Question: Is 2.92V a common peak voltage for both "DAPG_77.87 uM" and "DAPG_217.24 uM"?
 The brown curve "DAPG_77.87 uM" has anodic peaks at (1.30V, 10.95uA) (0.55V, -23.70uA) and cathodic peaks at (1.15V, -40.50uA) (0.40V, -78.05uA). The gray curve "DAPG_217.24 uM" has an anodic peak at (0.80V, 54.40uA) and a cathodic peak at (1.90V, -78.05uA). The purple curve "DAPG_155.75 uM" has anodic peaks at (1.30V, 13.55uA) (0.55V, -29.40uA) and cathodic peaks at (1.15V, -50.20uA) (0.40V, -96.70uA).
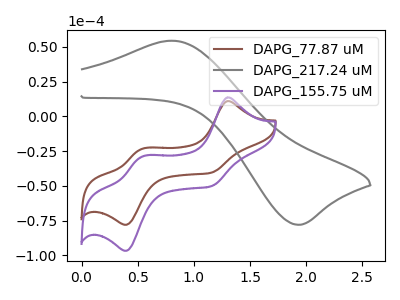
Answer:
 <answer>No, "DAPG_77.87 uM" and "DAPG_217.24 uM" dont share a peak at 2.92V.</answer>
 <eval>mismatch</eval>